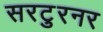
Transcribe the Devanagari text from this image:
सरटुरनर